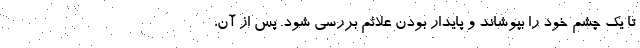
تا یک چشم خود را بپوشاند و پایدار بودن علائم بررسی شود. پس از آن،